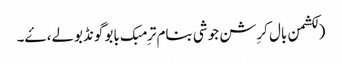
(لکشمن بال کرِشن جوشی بنام ترِمبک بابو گونڈبولے، ۓ۔